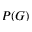
P ( G )